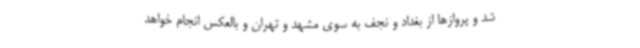
شد و پروازها از بغداد و نجف به سوی مشهد و تهران و بالعکس انجام خواهد